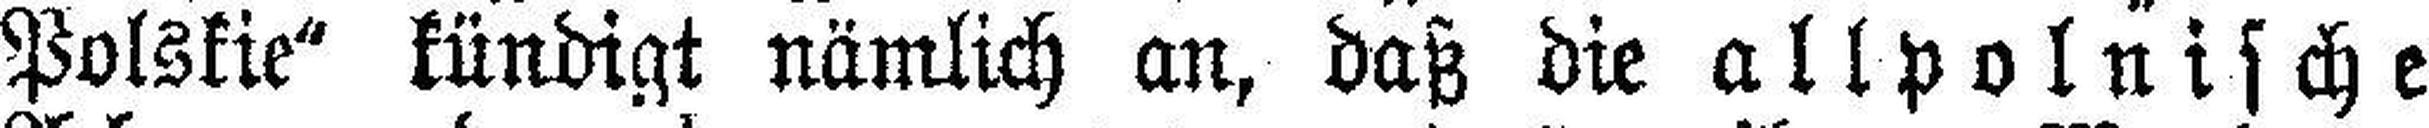
Polskie“ kündigt nämlich an, daß die allpolnische